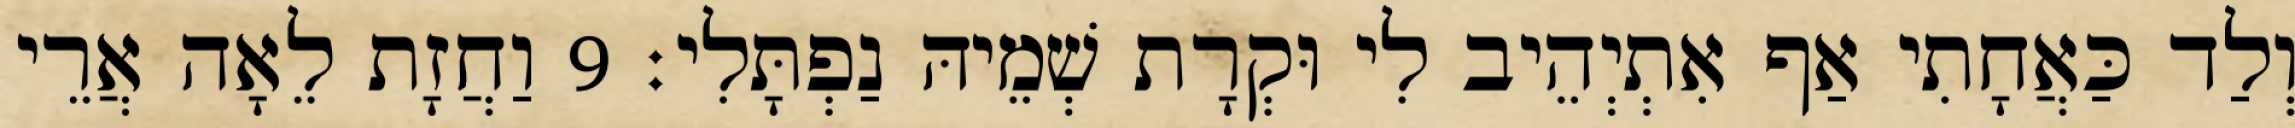
וְלַד כַּאֲחָתִי אַף אִתְיְהֵיב לִי וּקְרָת שְׁמֵיהּ נַפְתָּלִי׃ 9 וַחֲזָת לֵאָה אֲרֵי